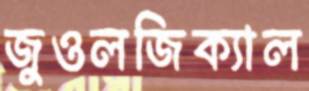
জুওলজিক্যাল